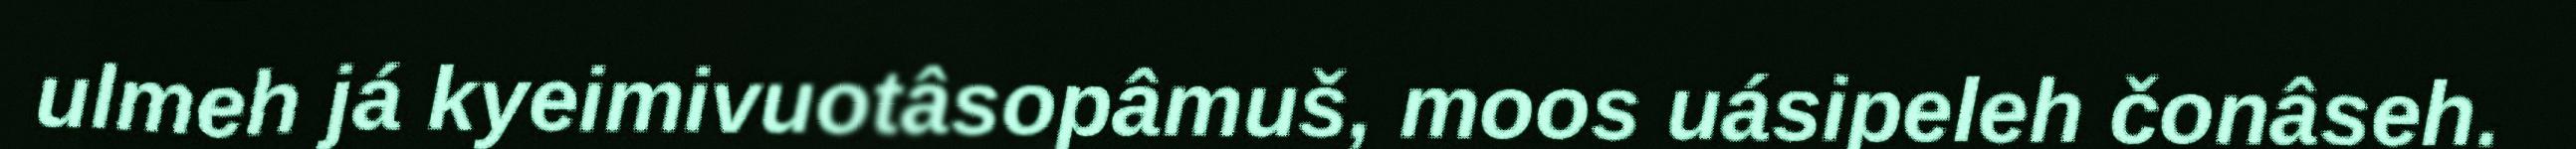
ulmeh já kyeimivuotâsopâmuš, moos uásipeleh čonâseh.